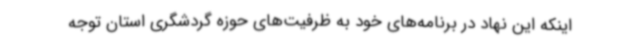
اینکه این نهاد در برنامه‌های خود به ظرفیت‌های حوزه گردشگری استان توجه